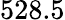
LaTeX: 528.5